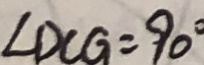
\angle D C G = 9 0 ^ { \circ }